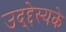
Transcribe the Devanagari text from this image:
उद्द्देस्यके